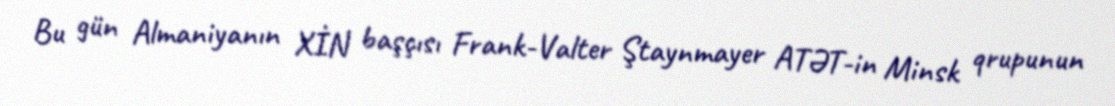
Bu gün Almaniyanın XİN başçısı Frank-Valter Ştaynmayer ATƏT-in Minsk qrupunun